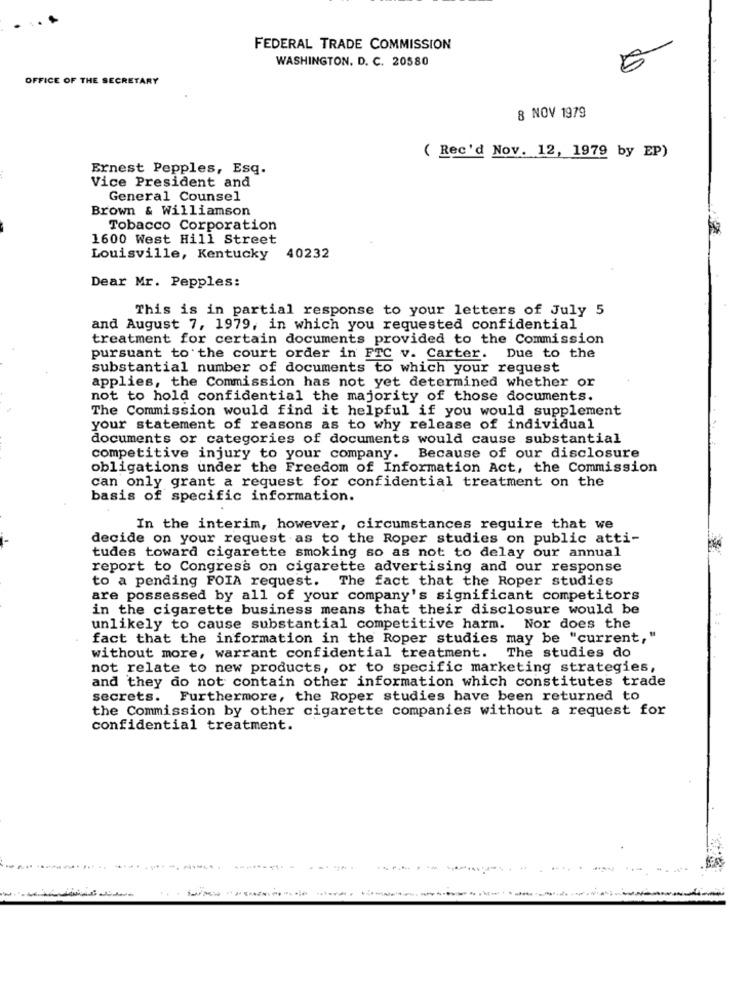
FEDERAL TRADE COMMISSION
WASHINGTON, D. C. 20580
OFFICE OF THE SECRETARY
8 NOV 1979
( Rec'd Nov. 12, 1979 by EP)
Ernest Pepples, Esq.
Vice President and
General Counsel
Brown & Williamson
Tobacco Corporation
1600 West Hill Street
Louisville, Kentucky
40232
Dear Mr. Pepples:
This is in partial response to your letters of July 5
and August 7, 1979, in which you requested confidential
treatment for certain documents provided to the Commission
pursuant to the court order in FTC v. Carter. Due to the
substantial number of documents to which your request
applies, the Commission has not yet determined whether or
not to hold confidential the majority of those documents.
The Commission would find it helpful if you would supplement
your statement of reasons as to why release of individual
documents or categories of documents would cause substantial
competitive injury to your company. Because of our disclosure
obligations under the Freedom of Information Act, the Commission
can only grant a request for confidential treatment on the
basis of specific information.
In the interim, however, circumstances require that we
decide on your request as to the Roper studies on public atti-
tudes toward cigarette smoking so as not to delay our annual
report to Congress on cigarette advertising and our response
to a pending FOIA request. The fact that the Roper studies
are possessed by all of your company's significant competitors
in the cigarette business means that their disclosure would be
unlikely to cause substantial competitive harm. Nor does the
fact that the information in the Roper studies may be "current,"
without more, warrant confidential treatment. The studies do
not relate to new products, or to specific marketing strategies,
and they do not contain other information which constitutes trade
secrets. Furthermore, the Roper studies have been returned to
the Commission by other cigarette companies without a request for
confidential treatment.
------ -------- -
---------